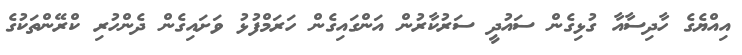
އިއްޔެގެ ހާދިސާއާ ގުޅިގެން ސައުދީ ސަރުކާރުން އަންގައިގެން ހަރަމްފުޅު ވަށައިގެން ދެންހުރި ކްރޭންތަކުގެ